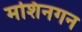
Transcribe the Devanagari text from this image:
मशिनगन